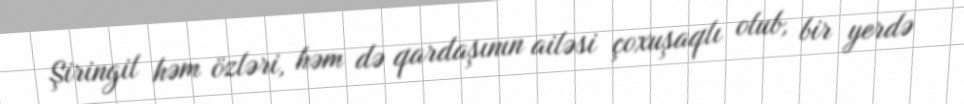
Şiringil həm özləri, həm də qardaşının ailəsi çoxuşaqlı olub, bir yerdə